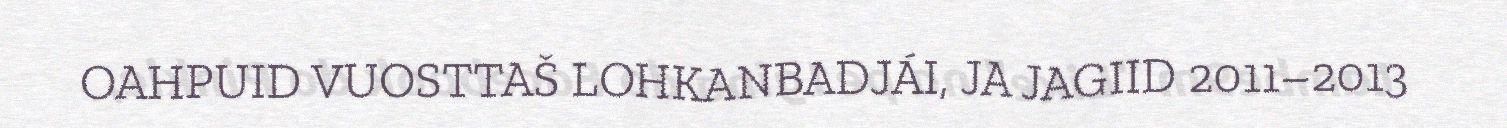
OAHPUID VUOSTTAŠ LOHKANBADJÁI, JA JAGIID 2011–2013